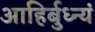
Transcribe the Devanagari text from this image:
आहिर्बुध्न्यं